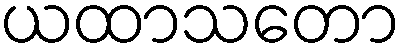
ယထာသတော